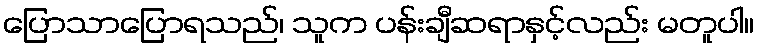
ပြောသာပြောရသည်၊ သူက ပန်းချီဆရာနှင့်လည်း မတူပါ။